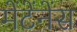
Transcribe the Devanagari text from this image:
मेंटेंनेंस